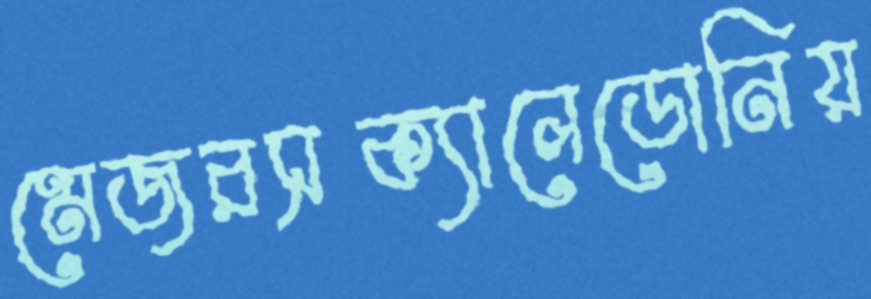
মেজরসক্যালেডোনিয়